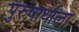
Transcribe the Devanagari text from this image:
पुरुषार्थाला